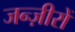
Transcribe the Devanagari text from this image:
जन्ज़ीरों